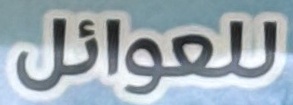
للعوائل